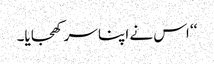
‘‘ اس نے اپنا سر کھجایا۔